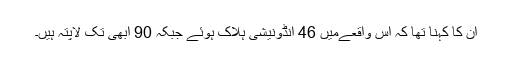
ان کا کہنا تھا کہ اس واقعےمیں 46 انڈونیشی ہلاک ہوئے جبکہ 90 ابھی تک لاپتہ ہیں۔